Vaccination in Bombay 1874-1876 - 1874-1876
Year: 1874
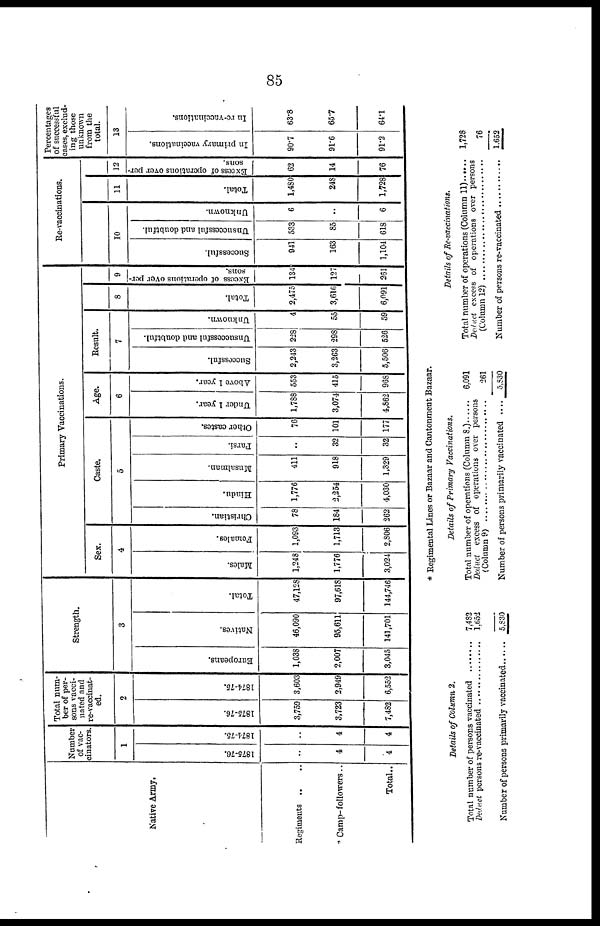
85
Native Army.
Regiments .. ..
Camp- followers..
Total..
Number
of vac-
cinators.
1
1875-76.
..
4
4
1874-75.
..
4
4
Total num-
ber of per-
sons vacci-
nated and
re-vaccinat-
ed.
2
1875-76.
3,759
3,723
7,482
1874-75.
3,603
2,949
6,552
Strength.
3
Europeans.
1,038
2,007
3,045
Natives.
46,090
95,611
141,701
Total.
47,128
97,618
144,746
Primary Vaccinations.
Sex.
4
Males.
1,248
1,776
3,024
Females.
1,093
1,713
2,806
Caste.
5
Christian.
78
184
262
Hindu.
1,776
2,254
4,030
Musalman.
411
918
1,329
Parsi.
..
32
32
Other castes.
76
101
177
Age.
6
Under 1 year.
1,788
3,074
4,862
Above 1 year.
553
415
968
Result.
7
Successful.
2,243
3,263
5,506
Unsuccessful and doubtful.
228
298
526
Unknown.
4
55
59
8
Total.
2,475
3,616
6,091
9
Excess of operations over per-
sons.
134
127
261
Re-vaccinations.
10
Successful.
941
163
1,104
Unsuccessful and doubtful.
533
85
618
Unknown.
6
..
6
11
Total.
1,480
248
1,728
12
Excess of operations over per-
sons.
62
14
76
Percentages
of successful
cases, exclud-
ing those
unknown
from the
total.
13
In primary vaccinations.
90.7
91.6
91.2
In re-vaccinations.
63.8
65.7
64.1
* Regimental Lines or Bazaar and Cantonment Bazaar.
Details of Column 2.
Total number of persons vaccinated ........
Deduct persons re-vaccinated....................
Number of persons primarily vaccinated......
7,482
1,652
5,830
Details of Primary Vaccinations.
Total number of operations (Column 8.)......
Deduct excess of operations over persons
(Column 9) ..............................
Number of persons primarily vaccinated ....
6,091
261
5,830
Details of Re-vaccinations.
Total number of operations (Column 11)
Deduct excess of operations over persons
(Column 12)..............................
Number of persons re-vaccinated............
1,728
76
1,652